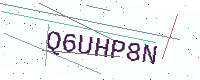
Text: Q6UHP8N